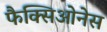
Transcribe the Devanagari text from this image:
फैक्सिओनेस